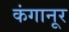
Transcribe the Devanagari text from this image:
कंगानूर